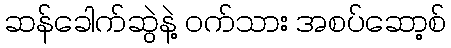
ဆန်ခေါက်ဆွဲနဲ့ ဝက်သား အစပ်ဆော့စ်